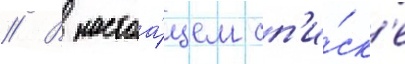
// В настоа́щем сп'и́ск'е